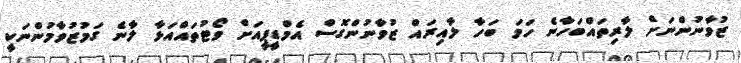
ޒުވާނުންނަށް ލާރިތައްބަހާނެ ހަމަ ބަހާ ލާއިރައް ޒުވާނުންގޮސް އެމްޑީޕީއަށް ވޯޓުތައްއަޅާ ލާނެ ގަމުޒުވާމުންނަކީ